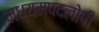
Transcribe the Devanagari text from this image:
मध्यमपदलोपी